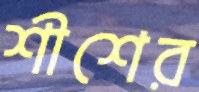
শীশের